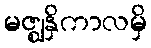
မဇ္ဈနှိကာလမှိ